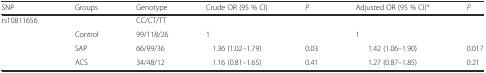
<table><thead><tr><td><b>SNP</b></td><td><b>Groups</b></td><td><b>Genotype</b></td><td><b>Crude OR (95 % CI)</b></td><td><b><i>P</i></b></td><td><b>Adjusted OR (95 % CI)<sup>a</sup></b></td><td><b><i>P</i></b></td></tr></thead><tbody><tr><td rowspan="4">rs10811656</td><td></td><td>CC/CT/TT</td><td></td><td></td><td></td><td></td></tr><tr><td>Control</td><td>99/118/26</td><td>1</td><td></td><td>1</td><td></td></tr><tr><td>SAP</td><td>66/99/36</td><td>1.36 (1.02–1.79)</td><td>0.03</td><td>1.42 (1.06–1.90)</td><td>0.017</td></tr><tr><td>ACS</td><td>34/48/12</td><td>1.16 (0.81–1.65)</td><td>0.41</td><td>1.27 (0.87–1.85)</td><td>0.21</td></tr></tbody></table>